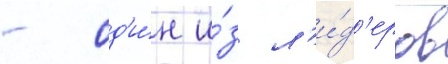
- од'и́н и́з л'и́д'еров